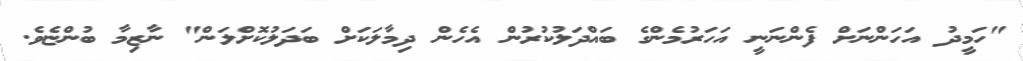
"ހަމީދު އަހަންނަށް ފެންނަނީ އަހަރުމެންގެ ބައްދަލުކުރުން އެހެން ދިމާލަކަށް ބަދަލުކޮށްލަން" ނާޒިމާ ބުންޏެވެ.